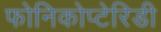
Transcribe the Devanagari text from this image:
फोनिकोप्टेरिडी